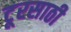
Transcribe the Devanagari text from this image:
टूरसाठी